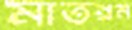
মাতরম